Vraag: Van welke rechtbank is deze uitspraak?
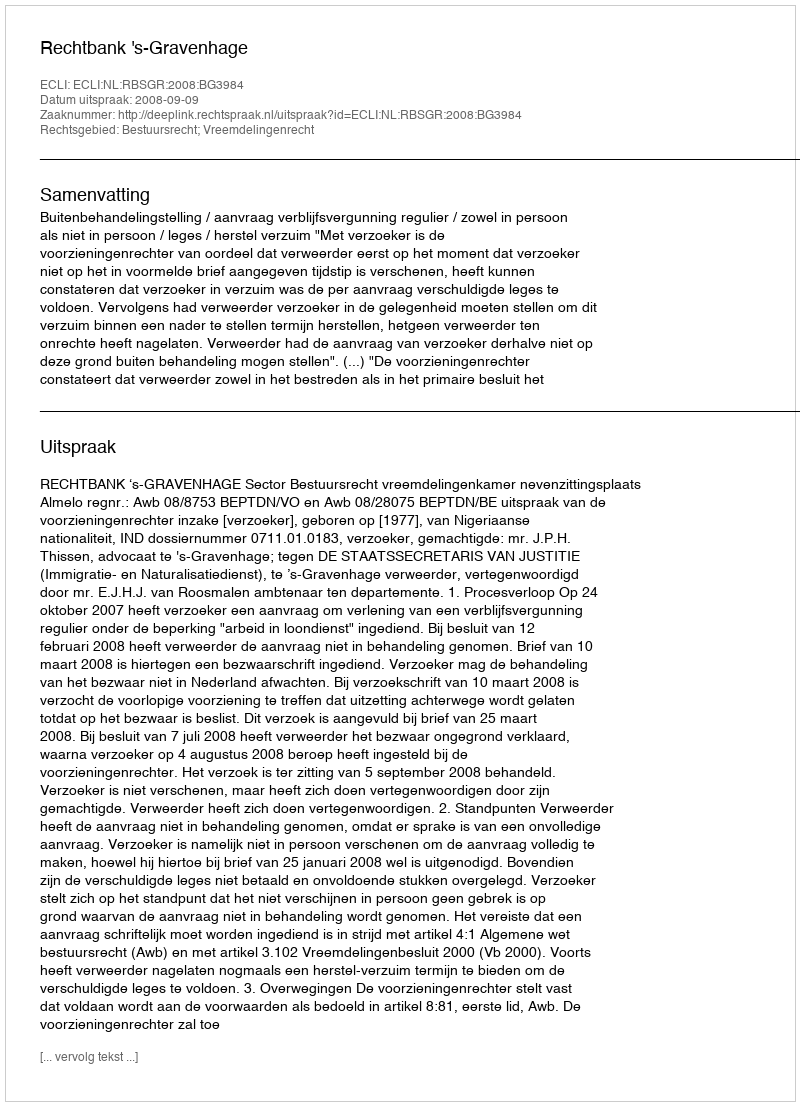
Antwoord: Rechtbank 's-Gravenhage